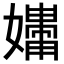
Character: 𪦧